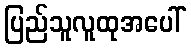
ပြည်သူလူထုအပေါ်